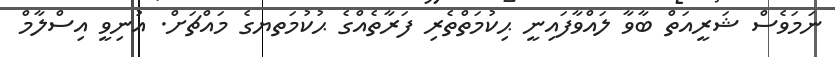
ނަމަވެސް ޝަރީއަތް ބާވާ ލައްވާފައިނީ ޙިކުމަތްތެރި ފަރާތެއްގެ ޙުކުމަތޔގެ މައްޗަށް. އުނިވީ އިސްލާމް